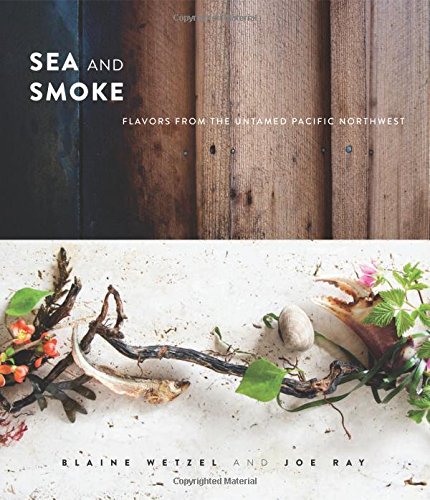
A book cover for Sea and Smoke: Flavors from the Untamed Pacific Northwest; Blaine Wetzel; Cookbooks, Food & Wine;